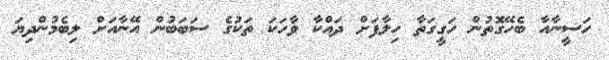
ހަސީނާއާ ބެހޭގޮތުން ހަގީގަތާ ހިލާފަށް ދައްކާ ވާާހަަކަަ ތަކުގެ ސަބަބުންް އޭނާއަށް ލިބެމުންދިޔަ